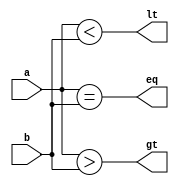
module Comp_1_Bit(a, b, gt, eq, lt);
	
	input a, b;
	output gt, eq, lt;

	assign gt = a > b;
	assign eq = a == b;
	assign lt = a < b;

endmodule